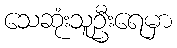
သေဆုံးသူဦးရေမှာ